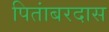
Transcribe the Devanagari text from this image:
पितांबरदास